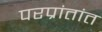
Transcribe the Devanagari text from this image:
परप्रांतांत